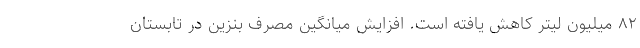
۸۲ میلیون لیتر کاهش یافته است. افزایش میانگین مصرف بنزین در تابستان